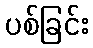
ပစ်ခြင်း